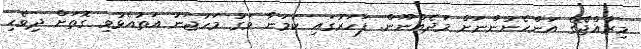
މިރާއްޖޭގެ އަންހެނުންނަށް މަދެއްނޫން. ފަހަރުގައި ކަމަނާ ވަގު މަހުޖަނު އަތުއެޅުވި ގޮތަށް ދިވެހި